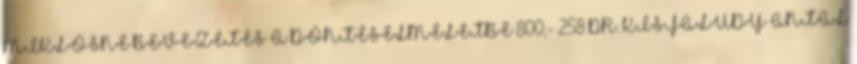
MIKLÓSNÉ BEVEZETÉS A DÖNTÉSELMÉLETBE 800,- 258 DR. KISFALUDY ANTAL